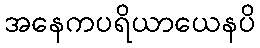
အနေကပရိယာယေနပိ